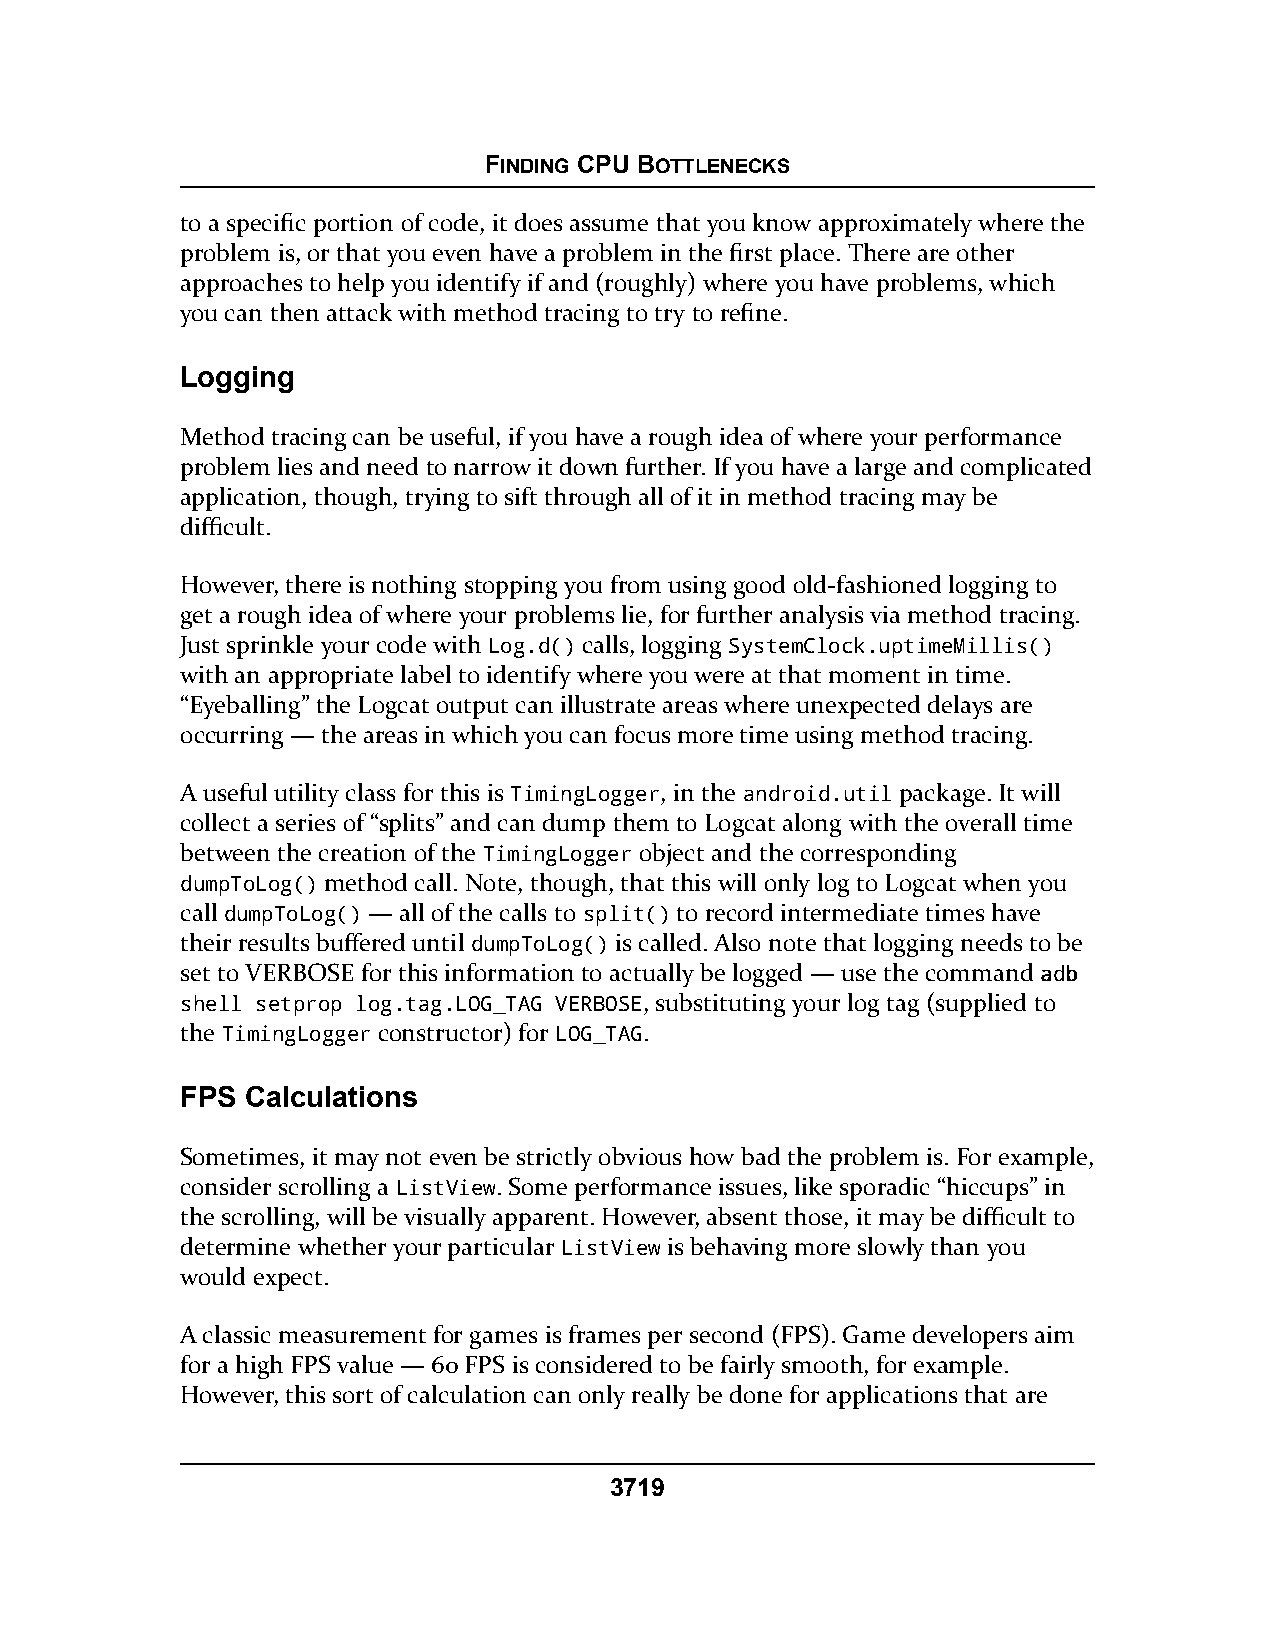
FINDING CPU BOTTLENECKS
 to a specific portion of code, it does assume that you know approximately where the
 problem is, or that you even have a problem in the first place. There are other
 approaches to help you identify if and (roughly) where you have problems, which
 you can then attack with method tracing to try to refine.
 Logging
 Method tracing can be useful, if you have a rough idea of where your performance
 problem lies and need to narrow it down further. If you have a large and complicated
 application, though, trying to sift through all of it in method tracing may be
 difficult.
 However, there is nothing stopping you from using good old-fashioned logging to
 get a rough idea of where your problems lie, for further analysis via method tracing.
 Just sprinkle your code with Log.d() calls, logging SystemClock.uptimeMillis()
 with an appropriate label to identify where you were at that moment in time.
 “Eyeballing” the Logcat output can illustrate areas where unexpected delays are
 occurring — the areas in which you can focus more time using method tracing.
 A useful utility class for this is TimingLogger, in the android.util package. It will
 collect a series of “splits” and can dump them to Logcat along with the overall time
 between the creation of the TimingLogger object and the corresponding
 dumpToLog() method call. Note, though, that this will only log to Logcat when you
 call dumpToLog() — all of the calls to split() to record intermediate times have
 their results buffered until dumpToLog() is called. Also note that logging needs to be
 set to VERBOSE for this information to actually be logged — use the command aaddbb
 sshheellll sseettpprroopp lloogg..ttaagg..LLOOGG__TTAAGG VVEERRBBOOSSEE, substituting your log tag (supplied to
 the TimingLogger constructor) for LOG_TAG.
 FPS Calculations
 Sometimes, it may not even be strictly obvious how bad the problem is. For example,
 consider scrolling a ListView. Some performance issues, like sporadic “hiccups” in
 the scrolling, will be visually apparent. However, absent those, it may be difficult to
 determine whether your particular ListView is behaving more slowly than you
 would expect.
 A classic measurement for games is frames per second (FPS). Game developers aim
 for a high FPS value — 60 FPS is considered to be fairly smooth, for example.
 However, this sort of calculation can only really be done for applications that are
 3719